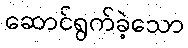
ဆောင်ရွက်ခဲ့သော